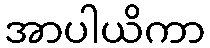
အာပါယိကာ